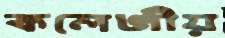
কলেজীয়